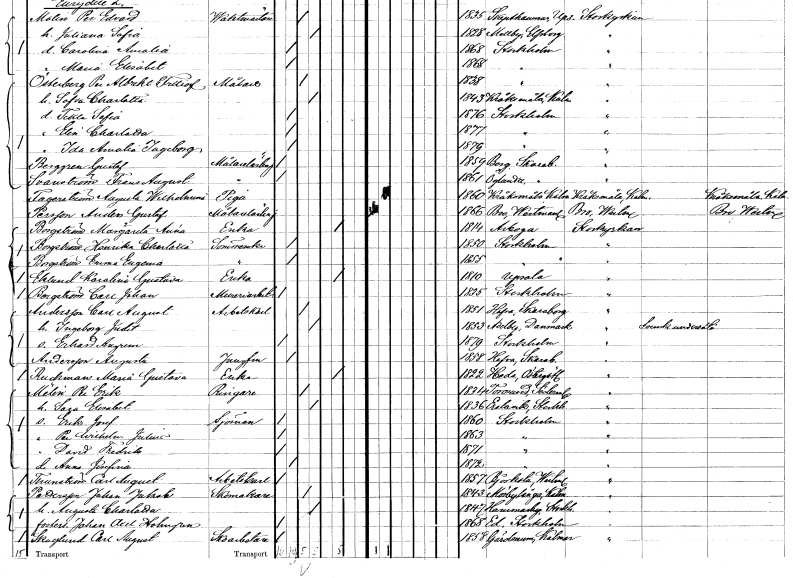
gt_parse: households: individuals: FN: Gustaf
EN: Berggren
YRKE: Målarelärling
KON: M
CIV: O
FODAR: 1859
FODFORS: Berg Skaraborgs län
FN: Frans August
EN: Svanström
YRKE: Målarelärling
KON: M
CIV: O
FODAR: 1861
FODFORS: Öglunda Skaraborgs län
FN: Augusta Wilhelmina
EN: Fagerström
YRKE: Piga
KON: K
CIV: O
FODAR: 1860
FODFORS: Kråksmåla Kalmar län
FN: Anders Gustaf
EN: Persson
YRKE: Målarelärling
KON: M
CIV: O
FODAR: 1866
FODFORS: Kolsva Västmanlands län
FN: Margareta Anna
EN: Borgström
YRKE: Änka
KON: K
CIV: E
FODAR: 1814
FODFORS: Arboga Västmanlands län
FN: Henrika Charlotta
EN: Borgström
YRKE: Sömmerska
KON: K
CIV: O
FODAR: 1850
FODFORS: Stockholm
FN: Emma Eugenia
EN: Borgström
YRKE: Sömmerska
KON: K
CIV: O
FODAR: 1855
FODFORS: Stockholm
FN: Karolina Gustava
EN: Eklund
YRKE: Änka
KON: K
CIV: E
FODAR: 1810
FODFORS: Uppsala Uppsala län
FN: Carl Johan
EN: Borgström
YRKE: Mureriarbetare
KON: M
CIV: O
FODAR: 1835
FODFORS: Stockholm
FN: Carl August
EN: Andersson
YRKE: Arbetskarl
KON: M
CIV: G
FODAR: 1851
FODFORS: Hova Skaraborgs län
FN: Ingeborg Judit
KON: K
CIV: G
FODAR: 1853
FN: Erhard Augren
KON: M
CIV: O
FODAR: 1879
FODFORS: Stockholm
FN: Augusta
EN: Andersson
YRKE: Jungfru
KON: K
CIV: O
FODAR: 1858
FODFORS: Hova Skaraborgs län
FN: Maria Gustava
EN: Ruckman
YRKE: Änka
KON: K
CIV: E
FODAR: 1822
FODFORS: Heda Östergötlands län
FN: Per Erik
EN: Melin
YRKE: Ringare
KON: M
CIV: G
FODAR: 1834
FODFORS: Toresund Södermanlands län
FN: Sara Elisabet
KON: K
CIV: G
FODAR: 1836
FODFORS: Erstavik Stockholms län
FN: Erik Josef
YRKE: Sjöman
KON: M
CIV: O
FODAR: 1860
FODFORS: Stockholm
FN: Per Wilhelm Julius
KON: M
CIV: O
FODAR: 1863
FODFORS: Stockholm
FN: David Fredrik
KON: M
CIV: O
FODAR: 1871
FODFORS: Stockholm
FN: Anna Josefina
KON: K
CIV: O
FODAR: 1872
FODFORS: Stockholm
FN: Carl August
EN: Thunström
YRKE: Arbetskarl
KON: M
CIV: O
FODAR: 1857
FODFORS: Björksta Västmanlands län
FN: Johan Jakob
EN: Pettersson
YRKE: Skomakare
KON: M
CIV: G
FODAR: 1843
FODFORS: Mörbylånga Kalmar län
FN: Augusta Charlotta
KON: K
CIV: G
FODAR: 1847
FODFORS: Hammarby Stockholms län
FN: Johan Axel
EN: Holmgren
KON: M
CIV: O
FODAR: 1868
FODFORS: Ed Stockholms län
FN: Carl August
EN: Skoglund
YRKE: Skoarbetare
KON: M
CIV: O
FODAR: 1858
FODFORS: Gärdserum Östergötlands län